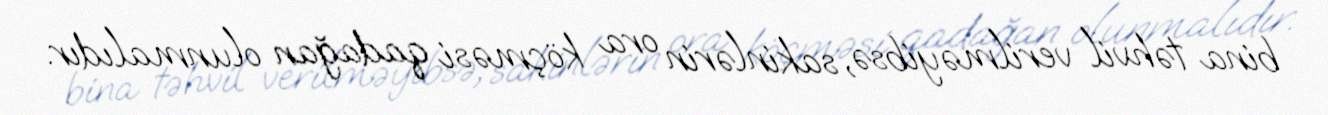
bina təhvil verilməyibsə, sakinlərin ora köçməsi qadağan olunmalıdır.